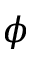
\phi